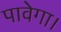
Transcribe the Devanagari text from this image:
पावेगा।